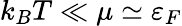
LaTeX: k_{B}T\ll\mu\simeq\varepsilon_{F}